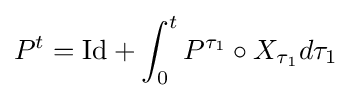
P^{t}=\mathrm {Id} +\int _{0}^{t}P^{\tau _{1}}\circ X_{\tau _{1}}d\tau _{1}